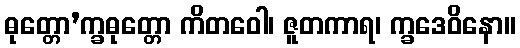
ဓုတ္တော’က္ခဓုတ္တော ကိတဝေါ၊ ဇူတကာရ၊ က္ခဒေဝိနော။